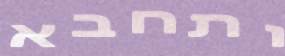
ותחבא